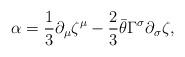
LaTeX: \begin{align*}\alpha={\frac{1}{3}}\partial_\mu\zeta^\mu-{\frac{2}{3}}\bar\theta\Gamma^\sigma\partial_\sigma\zeta,\end{align*}